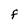
Character: F